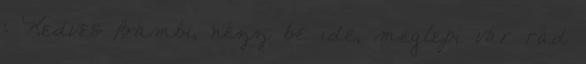
: Kedves Bambi, nézz be ide, meglepi vár rád